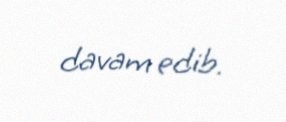
davam edib.